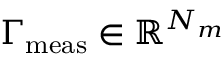
\Gamma _ { \mathrm { m e a s } } \in \mathbb { R } ^ { N _ { m } }